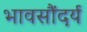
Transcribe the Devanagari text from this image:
भावसौंदर्य